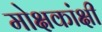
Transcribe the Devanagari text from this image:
मोक्षकांक्षी